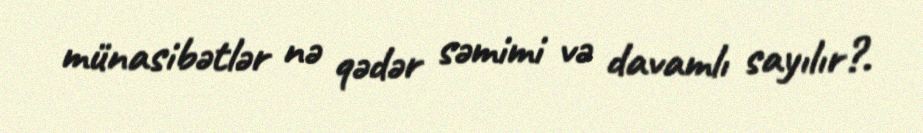
münasibətlər nə qədər səmimi və davamlı sayılır?.